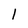
Character: l